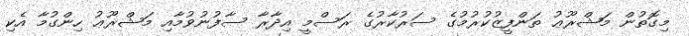
މިގޮތުން މަޝްރޫޢު ތަންފީޒުކުރުމުގެ ސަރުކާރުގެ ރަސްމީ އިދާރާ ސާފުނުވުމާއި މަޝްރޫޢު ހިންގުމާ އެކި